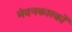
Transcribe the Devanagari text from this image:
मंदनकारकों